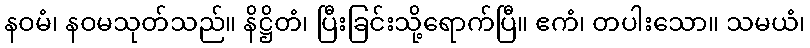
နဝမံ၊ နဝမသုတ်သည်။ နိဋ္ဌိတံ၊ ပြီးခြင်းသို့ရောက်ပြီ။ ဧကံ၊ တပါးသော။ သမယံ၊